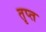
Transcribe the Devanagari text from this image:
तृप्‍त